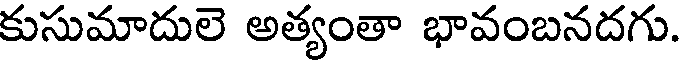
కుసుమాదులె అత్యంతా భావంబనదగు.